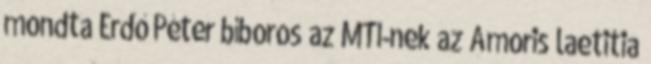
mondta Erdő Péter bíboros az MTI-nek az Amoris laetitia